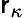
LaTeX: \mathsf{r}_{\kappa}